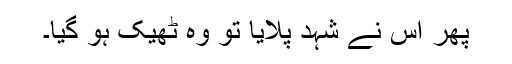
پھر اس نے شہد پلایا تو وہ ٹھیک ہو گیا۔